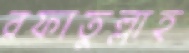
রফাতুল্লাহ